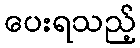
ပေးရသည့်